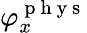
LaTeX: \varphi_{x}^{\mathrm{~p~h~y~s~}}